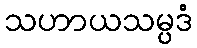
သဟာယသမ္ပဒံ